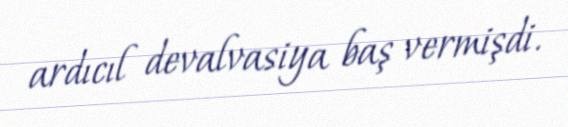
ardıcıl devalvasiya baş vermişdi.